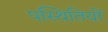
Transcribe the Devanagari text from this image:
पस्थितियों